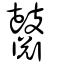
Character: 鼘